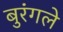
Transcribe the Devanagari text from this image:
बुरंगले